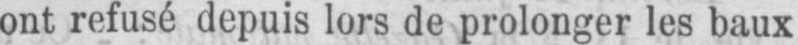
ont refusé depuis lors de prolonger les baux